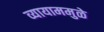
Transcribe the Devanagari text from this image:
व्यायाममुळे